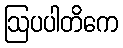
ဩပပါတိကေ